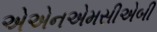
એએનએમસીએબી